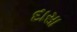
દાસા